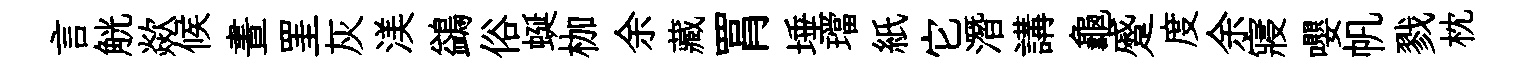
言觥歘候晝罣灰渼鷁俗蜒枷余藏罥埵璫紙它潛講龜蹙度余寢嚶帆戮枕